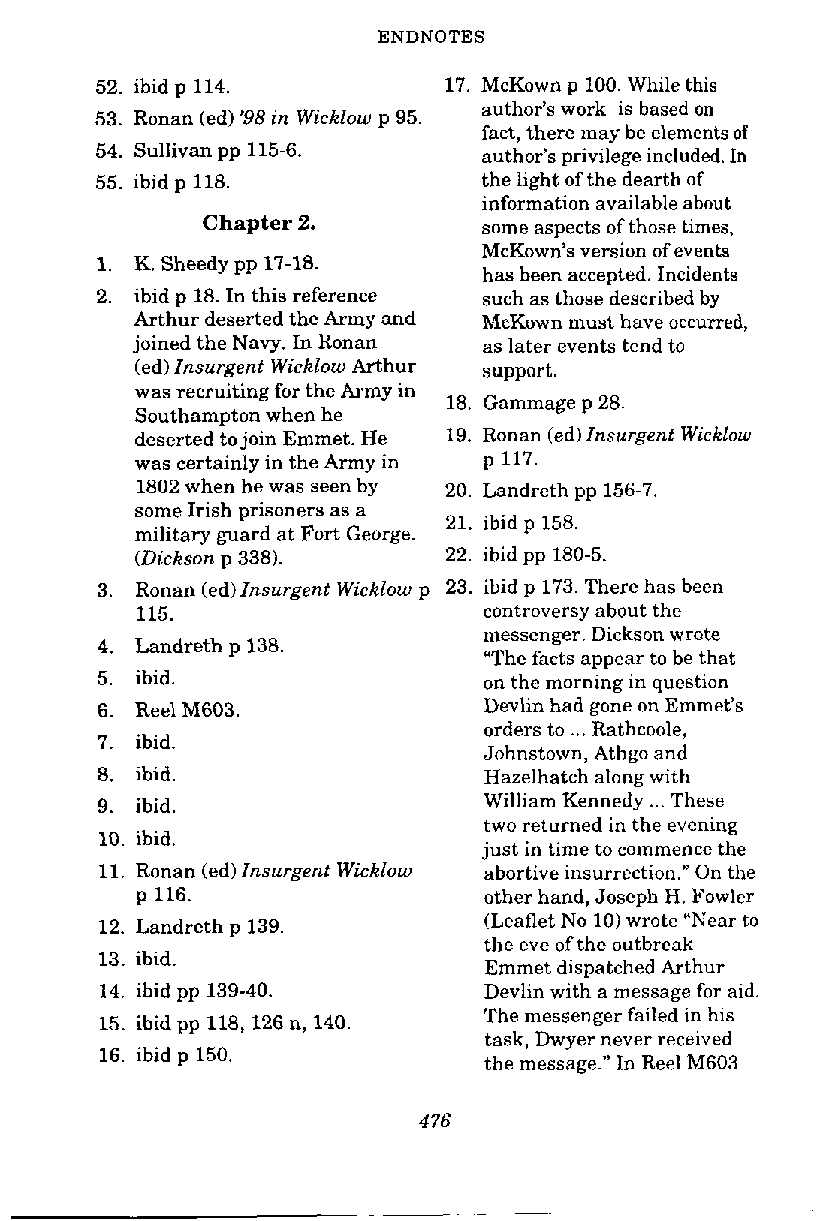
ENDNOTES
 ibid p 114.         17. McKown p 100. While this
 Ronan (ed) '98 in Wicklow p 95. author's work is based On
 fact, there may be elements of
 Sullivan pp 115-6.     author's privilege included. In
 ibid p 118.            the light of the dearth of
 information available about
 Chapter 2.         some asnects of those times.
 McKown's version of events
 K. Sheedy pp 17-18
 has been accented. Incidents
 ibid p 18. In this reference such as those described by
 Arthur deserted the Army and McKown must have occurred,
 joined the Navy. In Ronan as later events tend to
 (ed)I nsurgent Wicklow Arthur su.m. o rt.
 was recruiting for the Army in Gammage 28,
 Southampton when he
 deserted to join Emmet. He 19. Ronan (ed)I nsurgent Wicklow
 was certainly in the Army in p 117.
 1802 when he was seen by 20. Landreth pp 156-7
 some Irish prisoners as a
 21. ibid p 158.
 military guard at Fort George.
 (Dickson p 338).    22. ibid pp 180-5.
 Ronan (ed)I nsurgent Wicklow p 23. ibid p 173. There has been
 115.                   controversy about the
 messenger. Dickson wrote
 Landreth p 138
 "The facts a.m. e ar to be that
 ibid.                  on the morning in question
 Reel M603,             Devlin had gone on Emmet's
 orders to ... Rathcoole,
 ibid.
 Johnstown, Athgo and
 ibid.                  Hazelhatch along with
 ibid.                  William Kennedy ... These
 .
 .. .                   two returned in the evening
 10. lola.
 just in time to commence the
 11. Ronan (ed)I nsurgent Wicklow abortive insurrection." On the
 p 116.                 other hand, Joseph H. Fowler
 (Leaflet No 10)w rote "Near to
 12. Landreth p 139.
 the eve of the outbreak
 13. ihid.                Emmet dispatched Arthur
 14. ibid pp 139-40.      Devlin with a message for aid.
 The messenger failed in his
 15. ibid pp 118,126 n, 140.
 task, Dwyer never received
 16. ibid p 150.
 the message." In Reel M603